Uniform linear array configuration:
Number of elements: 16
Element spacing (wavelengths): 1
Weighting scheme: uniform
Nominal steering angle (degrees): -45
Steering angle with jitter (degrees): -43.686
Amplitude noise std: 0.05
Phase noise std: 0.05

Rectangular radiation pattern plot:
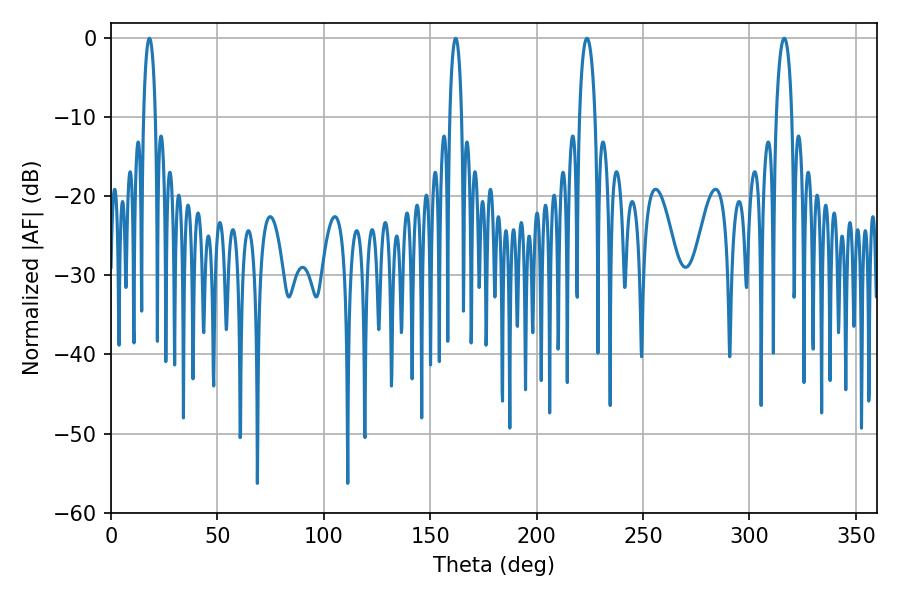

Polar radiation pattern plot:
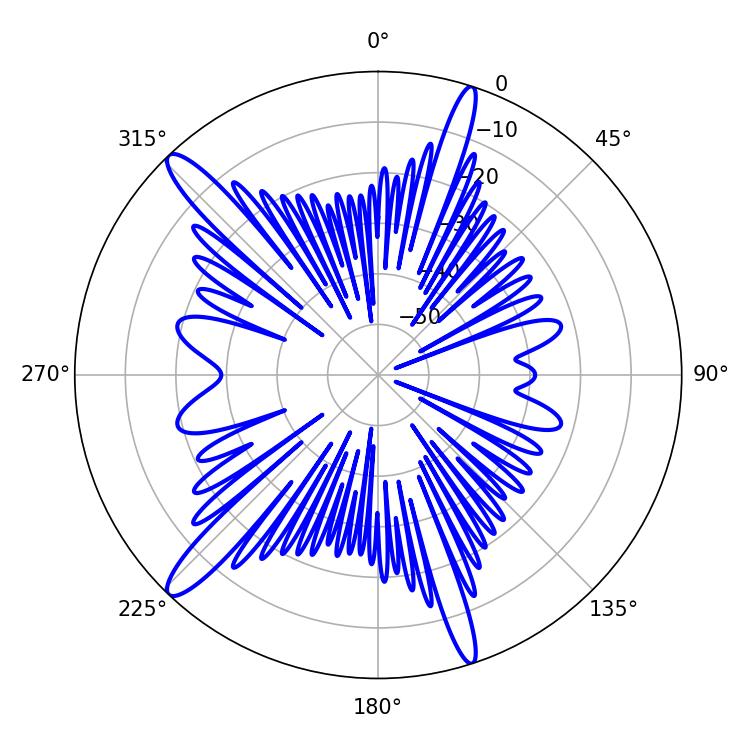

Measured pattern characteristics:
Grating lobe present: TRUE
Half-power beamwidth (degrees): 3.06
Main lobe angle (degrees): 18